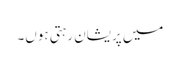
میں پریشان رہتی ہوں۔